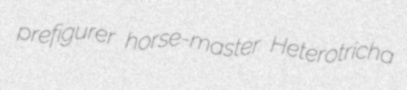
prefigurer horse-master Heterotricha